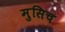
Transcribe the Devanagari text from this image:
मुसिच